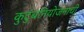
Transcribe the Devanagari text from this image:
कुटुंबनियोजनाची